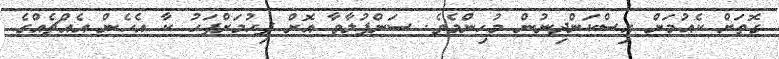
ގޮތަށް ކެއުމަށް އިސްކަންދިނުން މުހިންމެވެ. ސަންފުލާވާ އޮށް ފިހުމަށްފަހު ކާ އެހެން އެއްޗެއްގެ